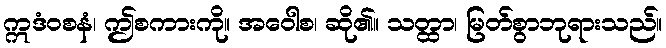
ဣဒံဝစနံ၊ ဤစကားကို။ အဝေါစ၊ ဆို၏။ သတ္ထာ၊ မြတ်စွာဘုရားသည်။